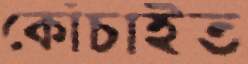
কোঁচাইত